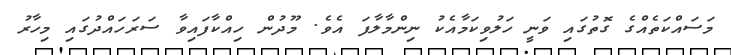
މަސައްކަތެއްގެ ގޮތުގައި ވަނީ ހަލުވިކަމާއެކު ނިންމާލާފަ އެވެ. މޫދުން ހިއްކާފައިވާ ސަރަހައްދުގައި މިހާރު